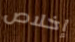
إخلاص